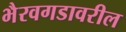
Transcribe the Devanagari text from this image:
भैरवगडावरील